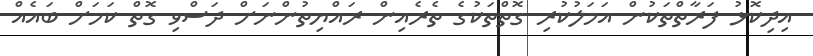
އިދިކޮޅު ފަރާތްތަކުން އަމަލުކުރި ގޮތްތަކުގެ ތެރެއިން ރައްޔިތުންނަށް ދަސްވި ގޮތް ކަމަށް ބައެއް